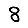
Digit: 8